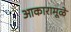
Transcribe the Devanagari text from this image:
आकारामूळे